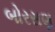
બોરસણ